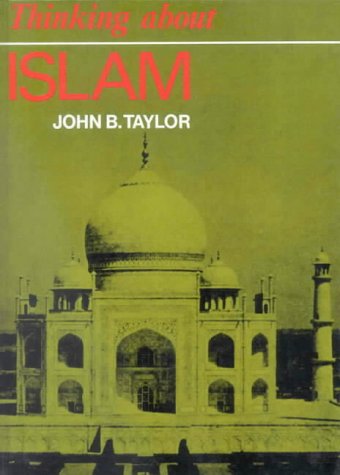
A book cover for Thinking about Islam (Thinking about Religion); John B Taylor; Teen & Young Adult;